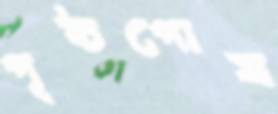
পৃষ্ঠপোষ